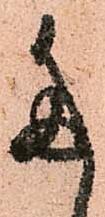
た